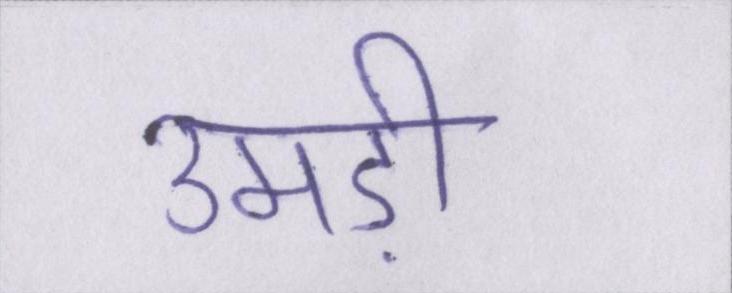
उमड़ी